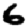
Digit: 6